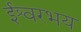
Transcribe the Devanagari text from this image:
ईश्वरभय